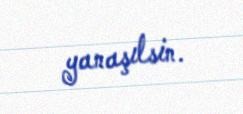
yanaşılsin.